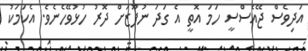
އަދިވެސް ޖޭއެސްސީ ހަމަ އޮތީ އެ ގަދަ ނުފޫޒަށް ދޮރު ހުޅުވޭހެނެވެ. އެކަމަކު